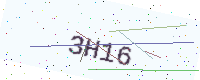
Text: 3H16